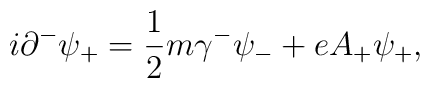
i{\partial}^{-}{\psi}_{+} =\frac{1}{2} m {\gamma}^{-} {\psi}_{-}+ e A_{+} {\psi}_{+},